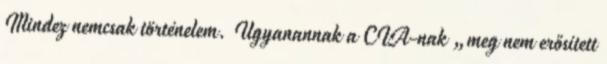
Mindez nemcsak történelem. Ugyanannak a CIA-nak „meg nem erősített